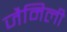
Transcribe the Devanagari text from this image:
जैमिली